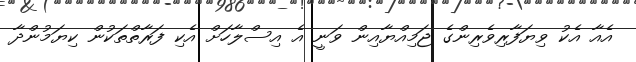
އެއާ އެކު ވިޔަފާރިވެރިންގެ ޖަމިއްޔާއިން ވަނީ އެ އިސްލާހަށް އެކި ފަރާތްތަކުން ކިޔަމުންދާ